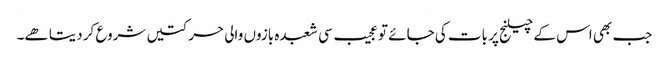
جب بھی اس کے چیلنج پر بات کی جائے تو عجیب سی شعبدہ بازوں والی حرکتیں شروع کر دیتا ھے۔